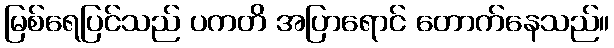
မြစ်ရေပြင်သည် ပကတိ အပြာရောင် တောက်နေသည်။